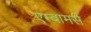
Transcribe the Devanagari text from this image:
एम्बामर्स